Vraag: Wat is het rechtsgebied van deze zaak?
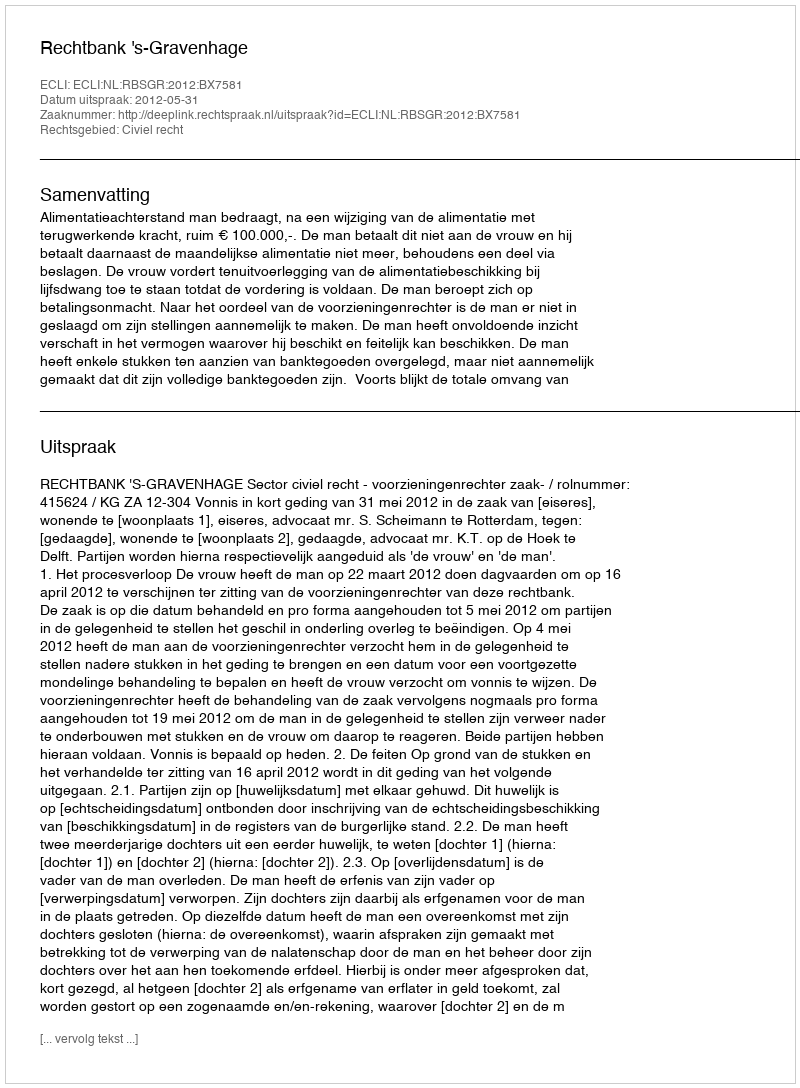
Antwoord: Civiel recht